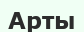
Арты